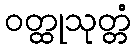
ဝတ္ထုသုတ္တံ